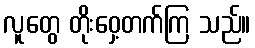
လူတွေ တိုးဝှေ့တက်ကြ သည်။